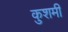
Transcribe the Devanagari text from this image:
कुशमी